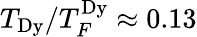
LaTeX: T_{\mathrm{Dy}}/T_{F}^{\mathrm{Dy}}\approx 0.13